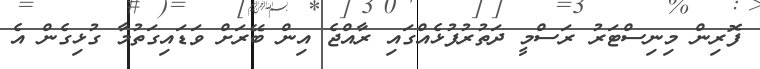
ފޮރިން މިނިސްޓަރު ރަސްމީ ދަތުރުފުޅެއްގައި ރާއްޖެ އިން ބޭރަށް ވަޑައިގަތުމާ ގުޅިގެން އެ